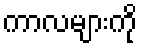
ကာလများကို